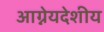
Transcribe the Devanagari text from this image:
आग्नेयदेशीय